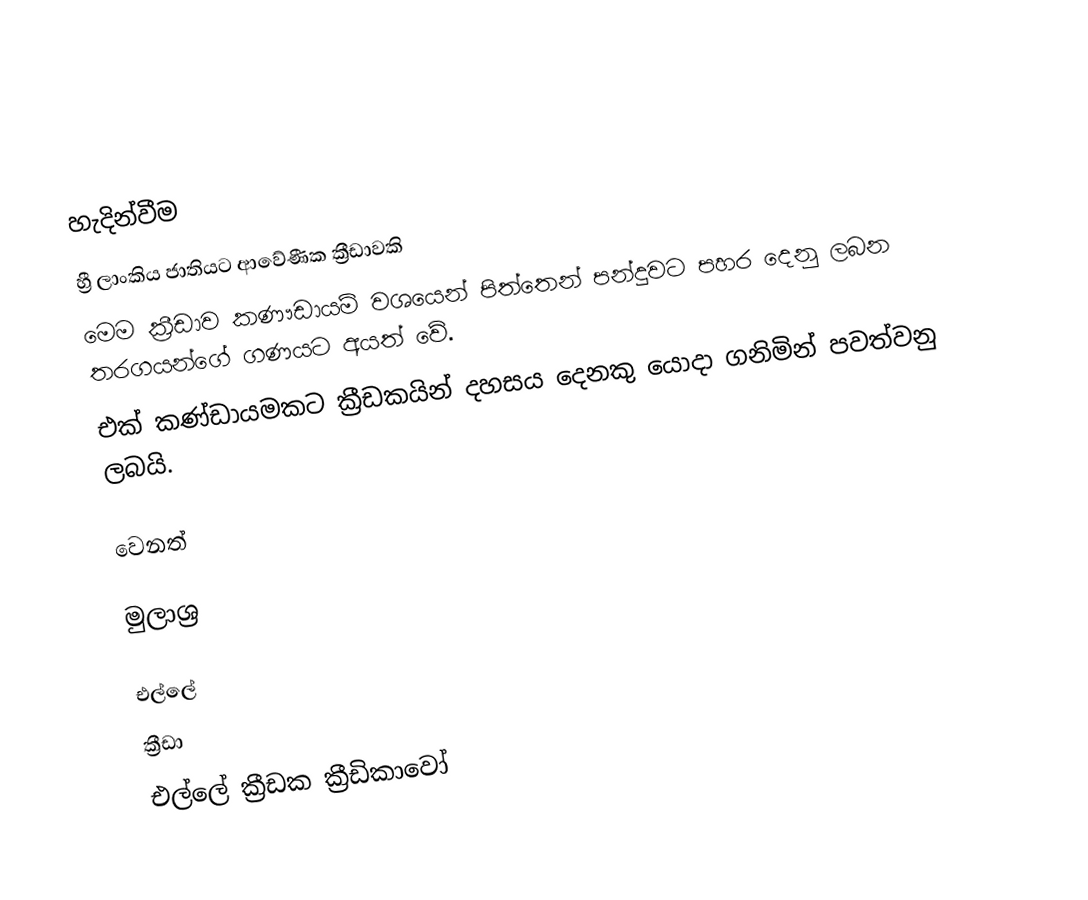

හැදින්වීම
හ්‍රී ලාංකිය ජාතියට ආවේණීක ක්‍රීඩාවකි
 මෙම ක්‍රීඩාව කණෟඩායම් වශයෙන් පිත්තෙන් පන්දුවට පහර දෙනු ලබන තරගයන්ගේ ගණයට අයත් වේ.
 එක් කණ්ඩායමකට ක්‍රීඩකයින් දහසය දෙනකු යොදා ගනිමින් පවත්වනු ලබයි.

වෙනත්

මුලාශ්‍ර

එල්ලේ
ක්‍රීඩා
එල්ලේ ක්‍රීඩක ක්‍රීඩිකාවෝ